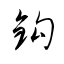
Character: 鈎